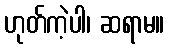
ဟုတ်ကဲ့ပါ၊ ဆရာမ။